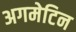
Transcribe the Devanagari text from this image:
अगमेटिन